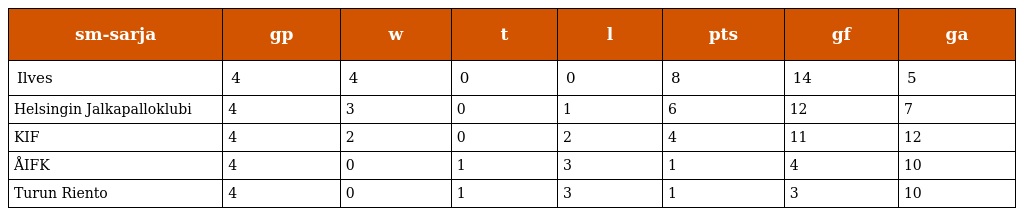
| sm-sarja | gp | w | t | l | pts | gf | ga |
 | --- | --- | --- | --- | --- | --- | --- | --- |
 | Ilves | 4 | 4 | 0 | 0 | 8 | 14 | 5 |
 | Helsingin Jalkapalloklubi | 4 | 3 | 0 | 1 | 6 | 12 | 7 |
 | KIF | 4 | 2 | 0 | 2 | 4 | 11 | 12 |
 | ÅIFK | 4 | 0 | 1 | 3 | 1 | 4 | 10 |
 | Turun Riento | 4 | 0 | 1 | 3 | 1 | 3 | 10 |